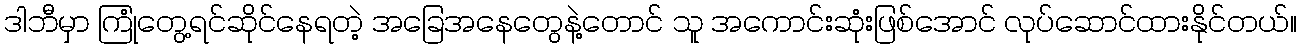
ဒါဘီမှာ ကြုံတွေ့ရင်ဆိုင်နေရတဲ့ အခြေအနေတွေနဲ့တောင် သူ အကောင်းဆုံးဖြစ်အောင် လုပ်ဆောင်ထားနိုင်တယ်။